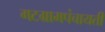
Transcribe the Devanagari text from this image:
गटग्रामपंचायती